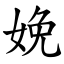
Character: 娩